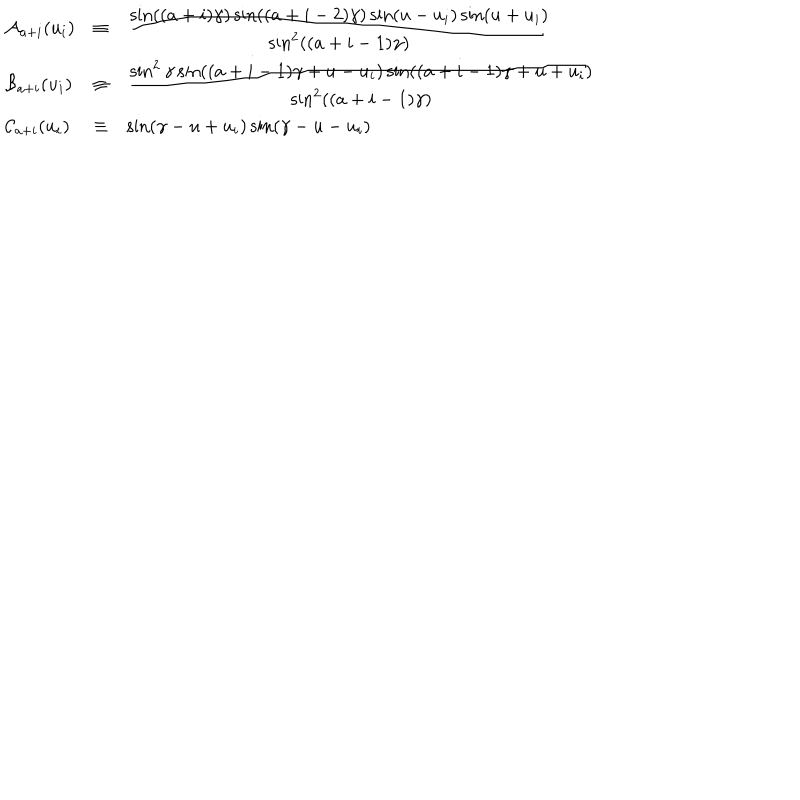
\begin{array} { l l l } { { { \cal A } _ { a + i } ( u _ { i } ) } } & { { \equiv } } & { { \frac { \textstyle \sin ( ( a + i ) \gamma ) \sin ( ( a + i - 2 ) \gamma ) \sin ( u - u _ { i } ) \sin ( u + u _ { i } ) } { \textstyle \sin ^ { 2 } ( ( a + i - 1 ) \gamma ) } } } \\ { { { \cal B } _ { a + i } ( u _ { i } ) } } & { { \equiv } } & { { \frac { \textstyle \sin ^ { 2 } \gamma \sin ( ( a + i - 1 ) \gamma + u - u _ { i } ) \sin ( ( a + i - 1 ) \gamma + u + u _ { i } ) } { \textstyle \sin ^ { 2 } ( ( a + i - 1 ) \gamma ) } } } \\ { { { \cal C } _ { a + i } ( u _ { i } ) } } & { { \equiv } } & { { \sin ( \gamma - u + u _ { i } ) \sin ( \gamma - u - u _ { i } ) } } \\ \end{array}